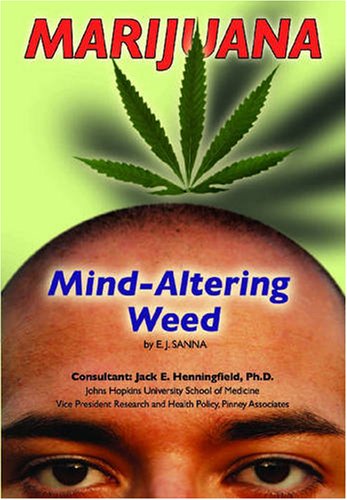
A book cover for Marijuana: Mind-Altering Weed (Illicit and Misused Drugs); E. J. Sanna; Health, Fitness & Dieting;